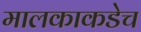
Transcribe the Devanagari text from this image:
मालकाकडेच